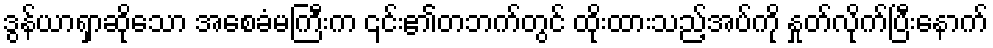
ဒွန်ယာရှာဆိုသော အစေခံမကြီးက ၎င်း၏တဘက်တွင် ထိုးထားသည့်အပ်ကို နှုတ်လိုက်ပြီးနောက်